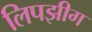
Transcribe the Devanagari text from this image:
लिपझीग